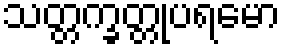
သတ္တက္ခတ္တုပရမော